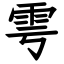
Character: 雩